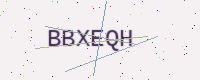
Text: BBXEQH